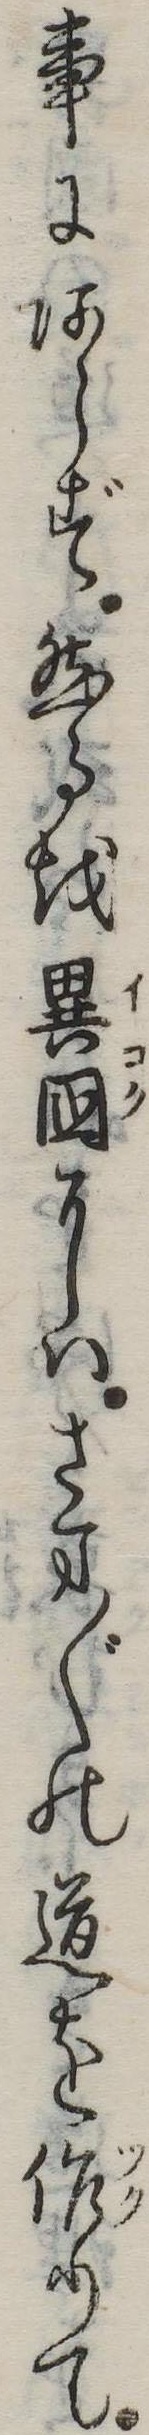
事にあらず然るを異国にはさま〲の道を作りて